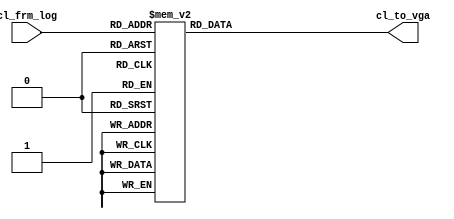
module color_decode(
    input [4:0] cl_frm_log,
    output reg [15:0] cl_to_vga
    );
    
    always @(*)
        case(cl_frm_log)
            5'b00000: cl_to_vga = 16'h0000; //black
            5'b00001: cl_to_vga = 16'hf800; //red
            5'b00010: cl_to_vga = 16'h07e0; //green
            5'b00011: cl_to_vga = 16'h001f; //blue
            5'b00100: cl_to_vga = 16'h000f; //navy
            5'b00101: cl_to_vga = 16'h03e0; //darkgreen
            5'b00110: cl_to_vga = 16'h03ef; //darkcyan
            5'b00111: cl_to_vga = 16'h7800; //maroon
            5'b01000: cl_to_vga = 16'h780f; //purple
            5'b01001: cl_to_vga = 16'h7be0; //olive
            5'b01010: cl_to_vga = 16'hc618; //lightgrey
            5'b01011: cl_to_vga = 16'h7bef; //darkgrey
            5'b01100: cl_to_vga = 16'h07ff; //cyan
            5'b01101: cl_to_vga = 16'hf81f; //magenta
            5'b01110: cl_to_vga = 16'hffe0; //yellow
            5'b01111: cl_to_vga = 16'hfd20; //orange
            5'b10000: cl_to_vga = 16'hf81f; //pink
            5'b10001: cl_to_vga = 16'hafe5; //greenyellow
            5'b11111: cl_to_vga = 16'hffff; //white
            default : cl_to_vga = 16'h0000; //black
        endcase
        
endmodule